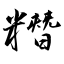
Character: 糣